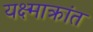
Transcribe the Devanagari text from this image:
यक्ष्माक्रांत